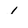
Character: 1